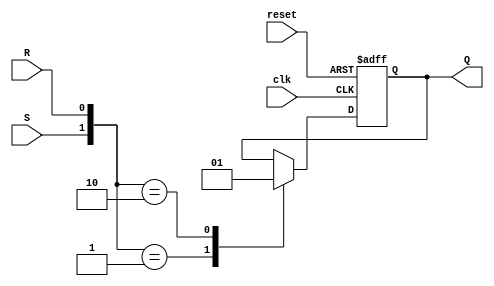
module SRFlipFlop(S, R, clk, reset, Q);
    input S, R, clk, reset;
    output reg Q;

    always @(posedge clk or posedge reset)
        if(reset) Q <= 0;
        else begin
        case ({S,R})
            2'b00 :  Q <= Q;  
            2'b01 :  Q <= 0;
            2'b10 :  Q <= 1;
          endcase 
        end
endmodule

module GrayCodeCounter(clk, reset, out);
    input clk, reset;
    output [3:0] out;

    wire [3:0] Q;
    wire [3:0] S;
    wire [3:0] R;

    assign S[3] = (Q[2] & ~Q[1] & ~Q[0]);
    assign R[3] =(~Q[2] & ~Q[1] & ~Q[0]);

    assign S[2] = (~Q[3] & Q[1] & ~Q[0]);
    assign R[2] = (Q[3] & Q[1] & ~Q[0]);

    assign S[1] = (~Q[3] & ~Q[2] & Q[0]) | (Q[3] & Q[2] & Q[0]);
    assign R[1] = (~Q[3] & Q[2] & Q[0]) | (Q[3] & ~Q[2] & Q[0]);
    
    assign S[0] = (~Q[3] & ~Q[2] & ~Q[1]) | (~Q[3] & Q[2] & Q[1]) | (Q[3] & ~Q[2] & Q[1]) | (Q[3] & Q[2]& ~Q[1]);
    assign R[0] = (~Q[3] & ~Q[2] & Q[1]) | (~Q[3] & Q[2] & ~Q[1]) | (Q[3] & ~Q[2] & ~Q[1]) | (Q[3] & Q[2] & Q[1]);

    SRFlipFlop sr0 (S[0], R[0], clk, reset, Q[0]);
    SRFlipFlop sr1 (S[1], R[1], clk, reset, Q[1]);
    SRFlipFlop sr2 (S[2], R[2], clk, reset, Q[2]);
    SRFlipFlop sr3 (S[3], R[3], clk, reset, Q[3]);

    assign out=Q;
endmodule